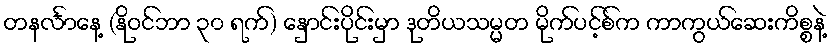
တနင်္လာနေ့ (နိုဝင်ဘာ ၃၀ ရက်) နှောင်းပိုင်းမှာ ဒုတိယသမ္မတ မိုက်ပင့်စ်က ကာကွယ်ဆေးကိစ္စနဲ့